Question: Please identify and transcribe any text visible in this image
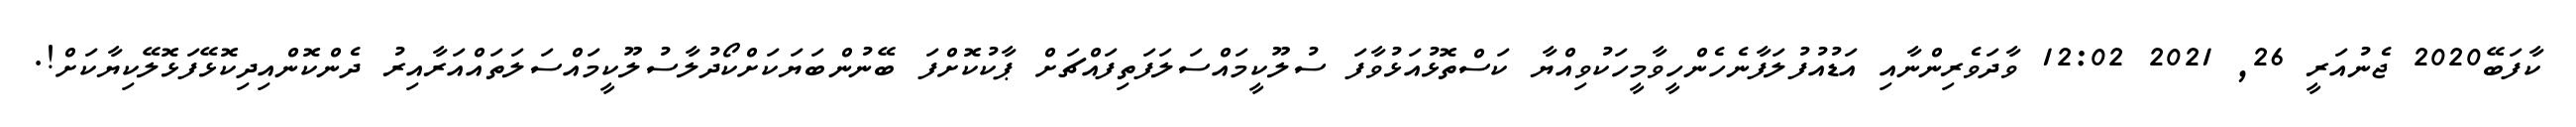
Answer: ކާފަބޭ2020 ޖެނުއަރީ 26, 2021 12:02 ވާދަވެރިންނާއި އަޑުއުފުލަފާނެހެންހީވާމީހަކުވިއްޔާ ކަސްތޮޅުއަޅުވާފަ ސުލޫކީމައްސަލަފަތިފައްޗަށް ޕާކުކޮށްފަ ބޭނުންބަޔަކަށްކޯދުލާސުލޫކީމައްސަލަތައްއަރާއިރު ދެންކޮންއިދިކޮޅޭފަޅޮލޭކިޔާކަށް!.